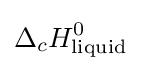
\Delta _{c}H_{\text{liquid}}^{0}